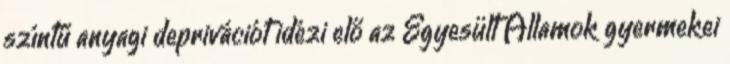
színtű anyagi deprivációt idézi elő az Egyesült Államok gyermekei